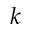
k